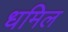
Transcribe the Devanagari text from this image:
धमिल